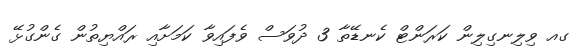
ގއ ވިލިނގިލިން ކަރަންޓް ކެނޑޭތާ 3 ދުވަސް ވެފައިވާ ކަމަށާއި ރައްޔިތުން ގެންގުޅޭ